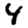
Digit: 4